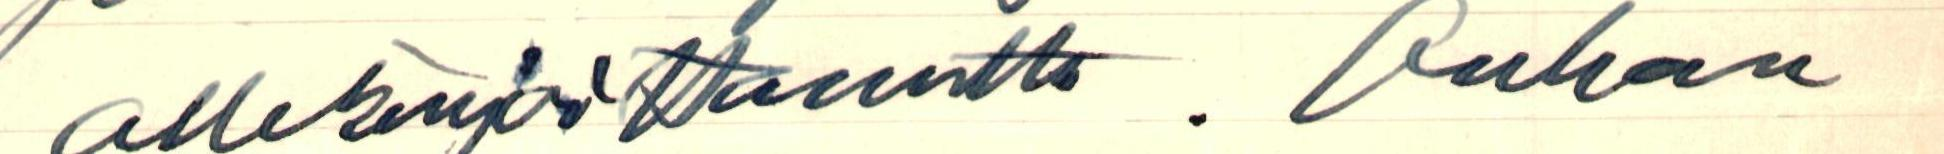
allekirjoittanutta. Onhan